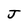
Character: J